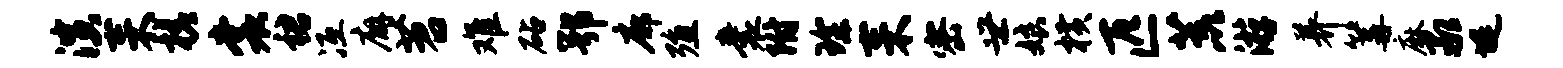
演耒槎裳裙冱廨苕难砧鄂廓殖囊附琛耒密世娘横匹荒游养篝麻承堤